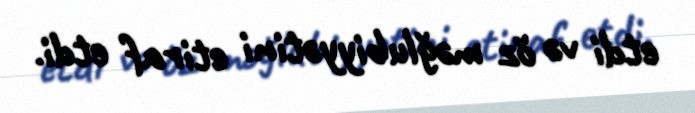
etdi və öz məğlubiyyətini etiraf etdi.